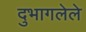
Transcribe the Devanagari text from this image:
दुभागलेले